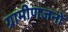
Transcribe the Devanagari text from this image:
ग्रामीणजनों